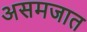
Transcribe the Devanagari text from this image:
असमजात